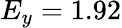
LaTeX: E_{y}=1.92